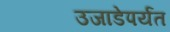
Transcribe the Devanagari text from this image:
उजाडेपर्यंत